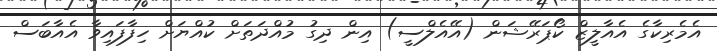
އެމެރިކާގެ އެއާލީޒް ކޯޕަރޭޝަން (އޭއެލްސީ) އިން ދިގު މުއްދަތަށް ކުއްޔަށް ހިފާފައިވާ އެއާބަސް